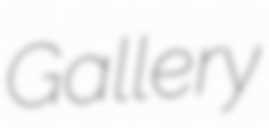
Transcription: Gallery